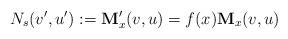
LaTeX: \begin{align*}N_{s}(v',u'):=\textbf{M}'_{x}(v,u)=f(x)\textbf{M}_{x}(v,u)\end{align*}